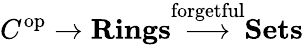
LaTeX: C^{\operatorname{op}}\to\mathbf{Rings}{\stackrel{\textrm{forgetful}}{\longrightarrow}}\mathbf{Sets}